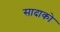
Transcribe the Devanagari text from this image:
सादाको